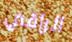
الراقي